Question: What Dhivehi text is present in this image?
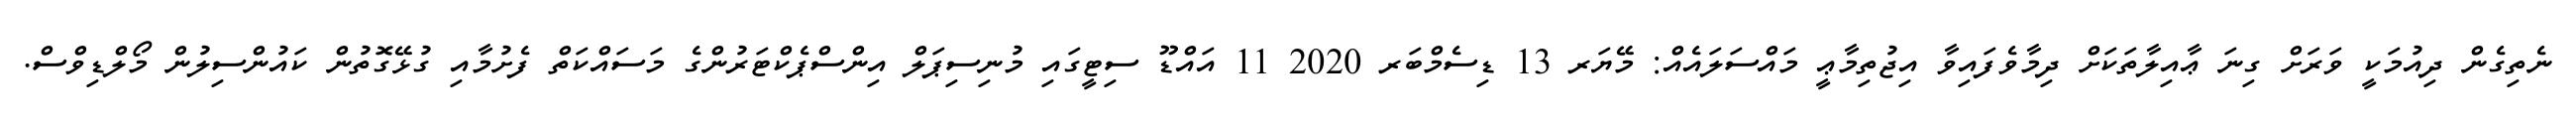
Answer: ނެތިގެން ދިއުމަކީ ވަރަށް ގިނަ ޢާއިލާތަކަށް ދިމާވެފައިވާ އިޖުތިމާޢީ މައްސަލައެއް: މޭޔަރ 13 ޑިސެމްބަރ 2020 11 އައްޑޫ ސިޓީގައި މުނިސިޕަލް އިންސްޕެކްޓަރުންގެ މަސައްކަތް ފެށުމާއި ގުޅޭގޮތުން ކައުންސިލުން މޯލްޑިވްސް.